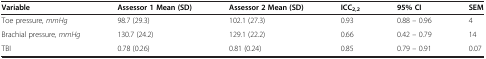
<table><thead><tr><td><b>Variable</b></td><td><b>Assessor 1 Mean (SD)</b></td><td><b>Assessor 2 Mean (SD)</b></td><td><b>ICC<sub>2,2</sub></b></td><td><b>95% CI</b></td><td><b>SEM</b></td></tr></thead><tbody><tr><td>Toe pressure<i>, mmHg</i></td><td>98.7 (29.3)</td><td>102.1 (27.3)</td><td>0.93</td><td>0.88 – 0.96</td><td>4</td></tr><tr><td>Brachial pressure<i>, mmHg</i></td><td>130.7 (24.2)</td><td>129.1 (22.2)</td><td>0.66</td><td>0.42 – 0.79</td><td>14</td></tr><tr><td>TBI</td><td>0.78 (0.26)</td><td>0.81 (0.24)</td><td>0.85</td><td>0.79 – 0.91</td><td>0.07</td></tr></tbody></table>